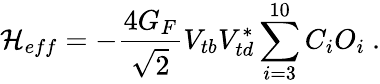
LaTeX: {\cal H}_{eff}=-\frac{4G_{F}}{\sqrt{2}}V_{tb}V_{td}^{*}\sum_{i=3}^{10}C_{i}O_{i}~.